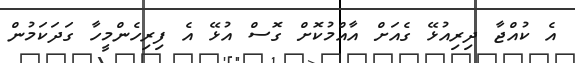
އެ ކުއްޖާ ދިރިއުޅޭ ގެއަށް އާއްމުކޮށް ގޮސް އުޅޭ އެ ފިރިހެންމީހާ ގަދަކަމުން